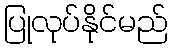
ပြုလုပ်နိုင်မည်